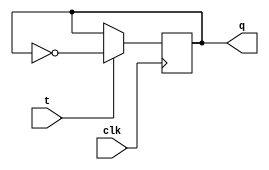
module t_flipflop (
  input clk,
  input t,
  output reg q
);

always @(posedge clk) begin
  if(t)
    q <= ~q;
end

endmodule